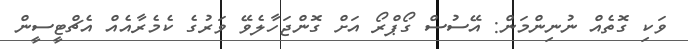
ވަކި ގޮތެއް ނުނިންމަން: އޭސުސް ގޯޕްރޯ އަށް ގޮންޖަހާލެވޭ ވަރުގެ ކެމެރާއެއް އެޗްޓީސީން